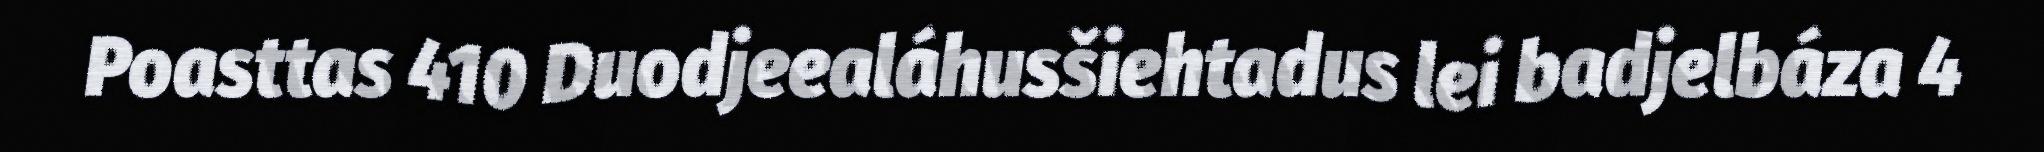
Poasttas 410 Duodjeealáhusšiehtadus lei badjelbáza 4